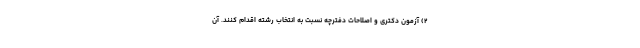
۲) آزمون دکتری و اصلاحات دفترچه نسبت به انتخاب رشته اقدام کنند. آن